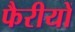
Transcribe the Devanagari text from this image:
फैरीयों